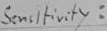
Text: Sensitivity